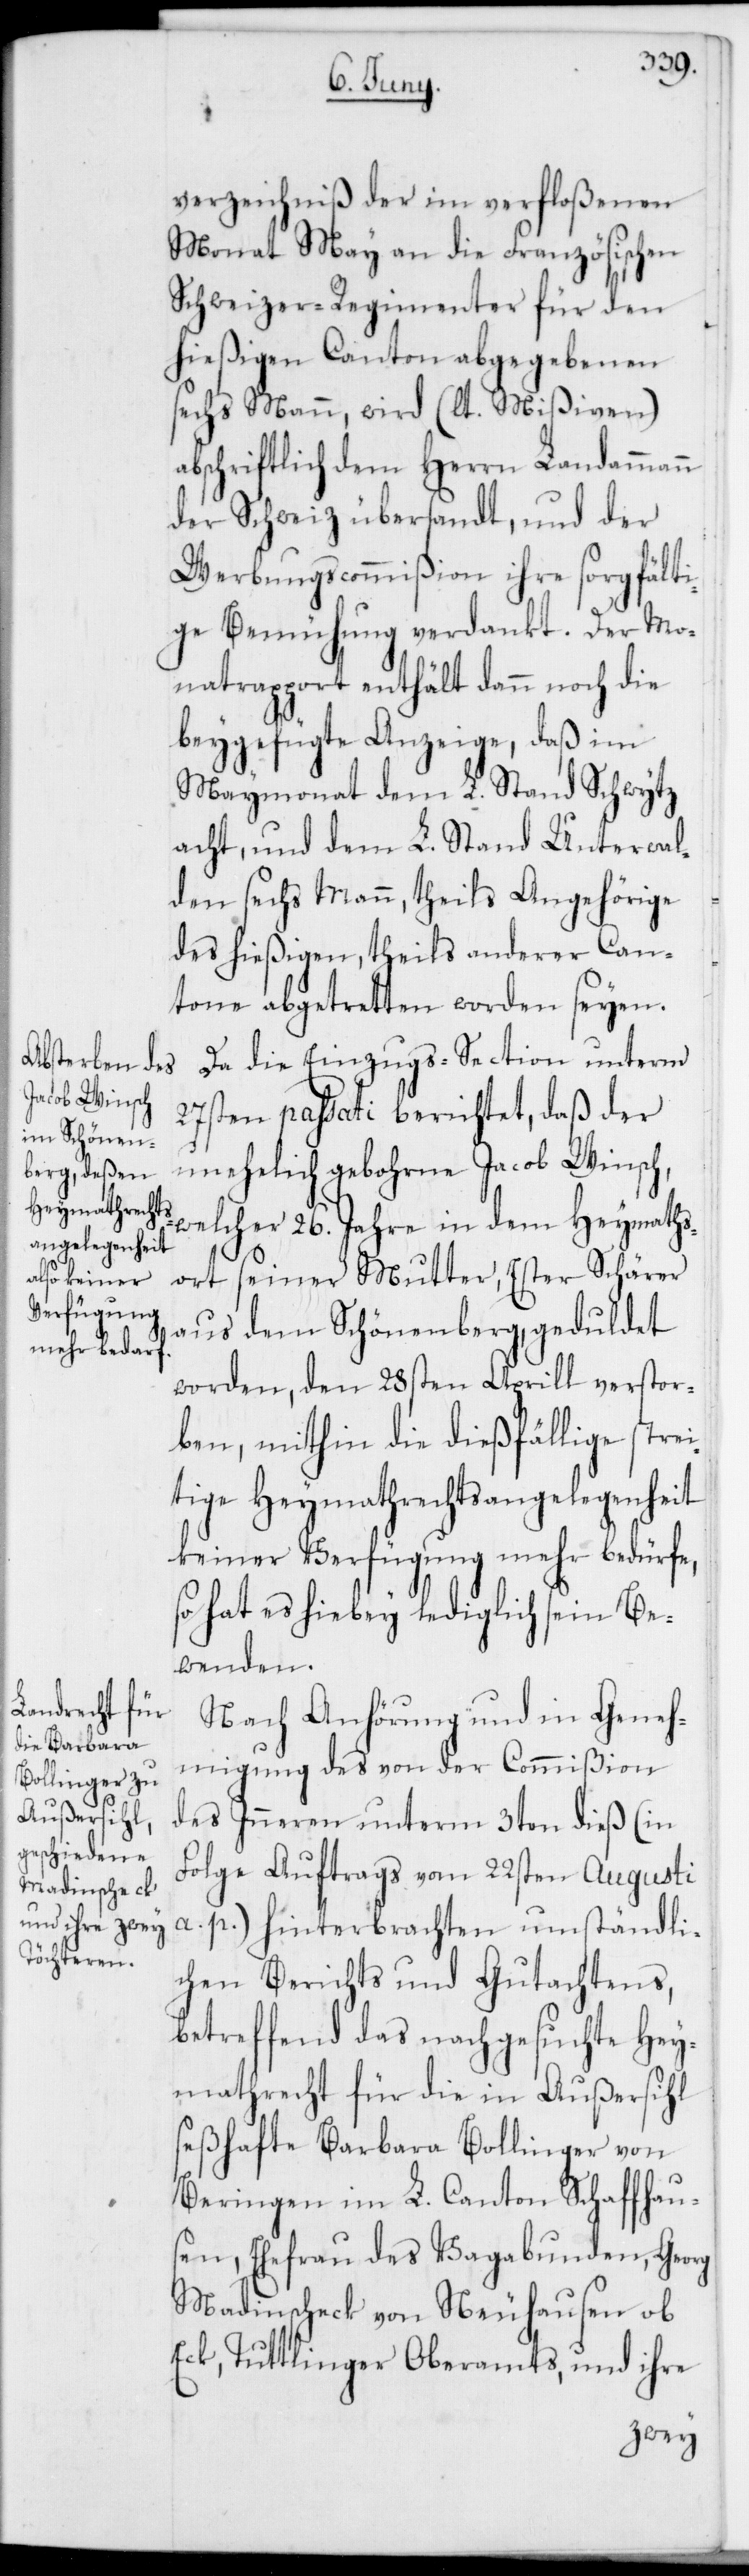
verzeichniß der im verfloßenen
Monat May an die Französischen
Schweizer-Regimenter für den
hießigen Canton abgegebenen
sechs Mann, wird (lt. Mißiven)
abschriftlich dem Herrn Landammann
der Schweiz übersandt, und der
Werbungscommißion ihre sorgfälti¬
ge Bemühung verdankt. Der Mo¬
natrapport enthält dann noch die
beygefügte Anzeige, daß im
Maymonat dem L. Stand Schwytz
acht, und dem L. Stand Unterwal¬
den sechs Mann, theils Angehörige
des hießigen, theils anderer Can¬
tone abgetretten worden seyen.
Da die Einzugs-Section unterm
27sten passati berichtet, daß der
unehelich gebohrne Jacob Winsch,
welcher 26. Jahre in dem Heymaths¬
ort seiner Mutter, Ester Schärer
aus dem Schönenberg, geduldet
worden, den 28sten Aprill verstor¬
ben, mithin die dießfällige strei¬
tige Heymathrechtsangelegenheit
keiner Verfügung mehr bedürfe,
so hat es hiebey lediglich sein Be¬
wenden.
Nach Anhörung und in Geneh¬
migung des von der Commißion
des Inneren unterm 3ten dieß (in
Folge Auftrags vom 22sten Augusti
a. p.) hinterbrachten umständli¬
chen Berichts und Gutachtens,
betreffend das nachgesuchte Hey¬
mathrecht für die in Außersihl
seßhafte Barbara Bollinger von
Beringen im L. Canton Schaffhau¬
sen, Ehefrau des Vagabunden, Georg
Madinscheck von Neuhausen ob
Eck, Tuttlinger Oberamts, und ihre